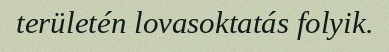
területén lovasoktatás folyik.